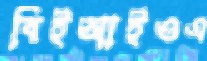
বিইআইওএ